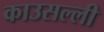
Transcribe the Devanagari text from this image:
काउसल्ली